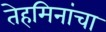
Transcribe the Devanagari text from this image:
तेहमिनांचा